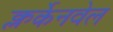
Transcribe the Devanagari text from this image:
क्लर्केनवेल